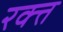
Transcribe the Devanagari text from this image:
रक्त्त